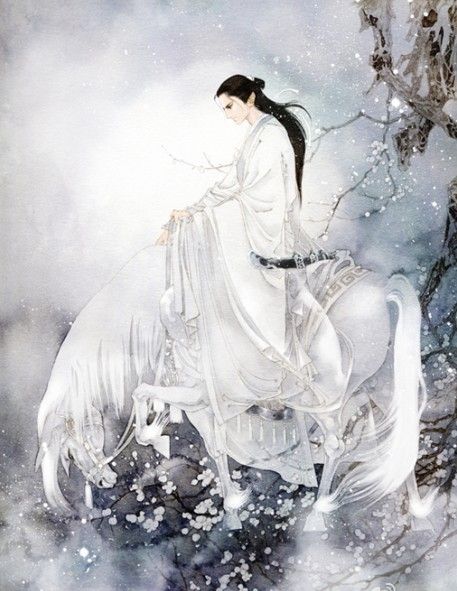
轻寒细雨情何限。不道春难管。